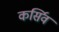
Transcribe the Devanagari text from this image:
कर्सिव